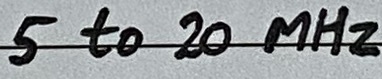
Text: 5 to 20 MHz